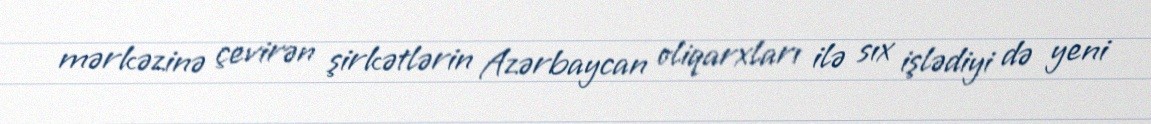
mərkəzinə çevirən şirkətlərin Azərbaycan oliqarxları ilə sıx işlədiyi də yeni